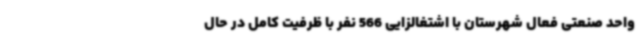
واحد صنعتی فعال شهرستان با اشتغالزایی 566 نفر با ظرفیت کامل در حال